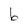
Character: b